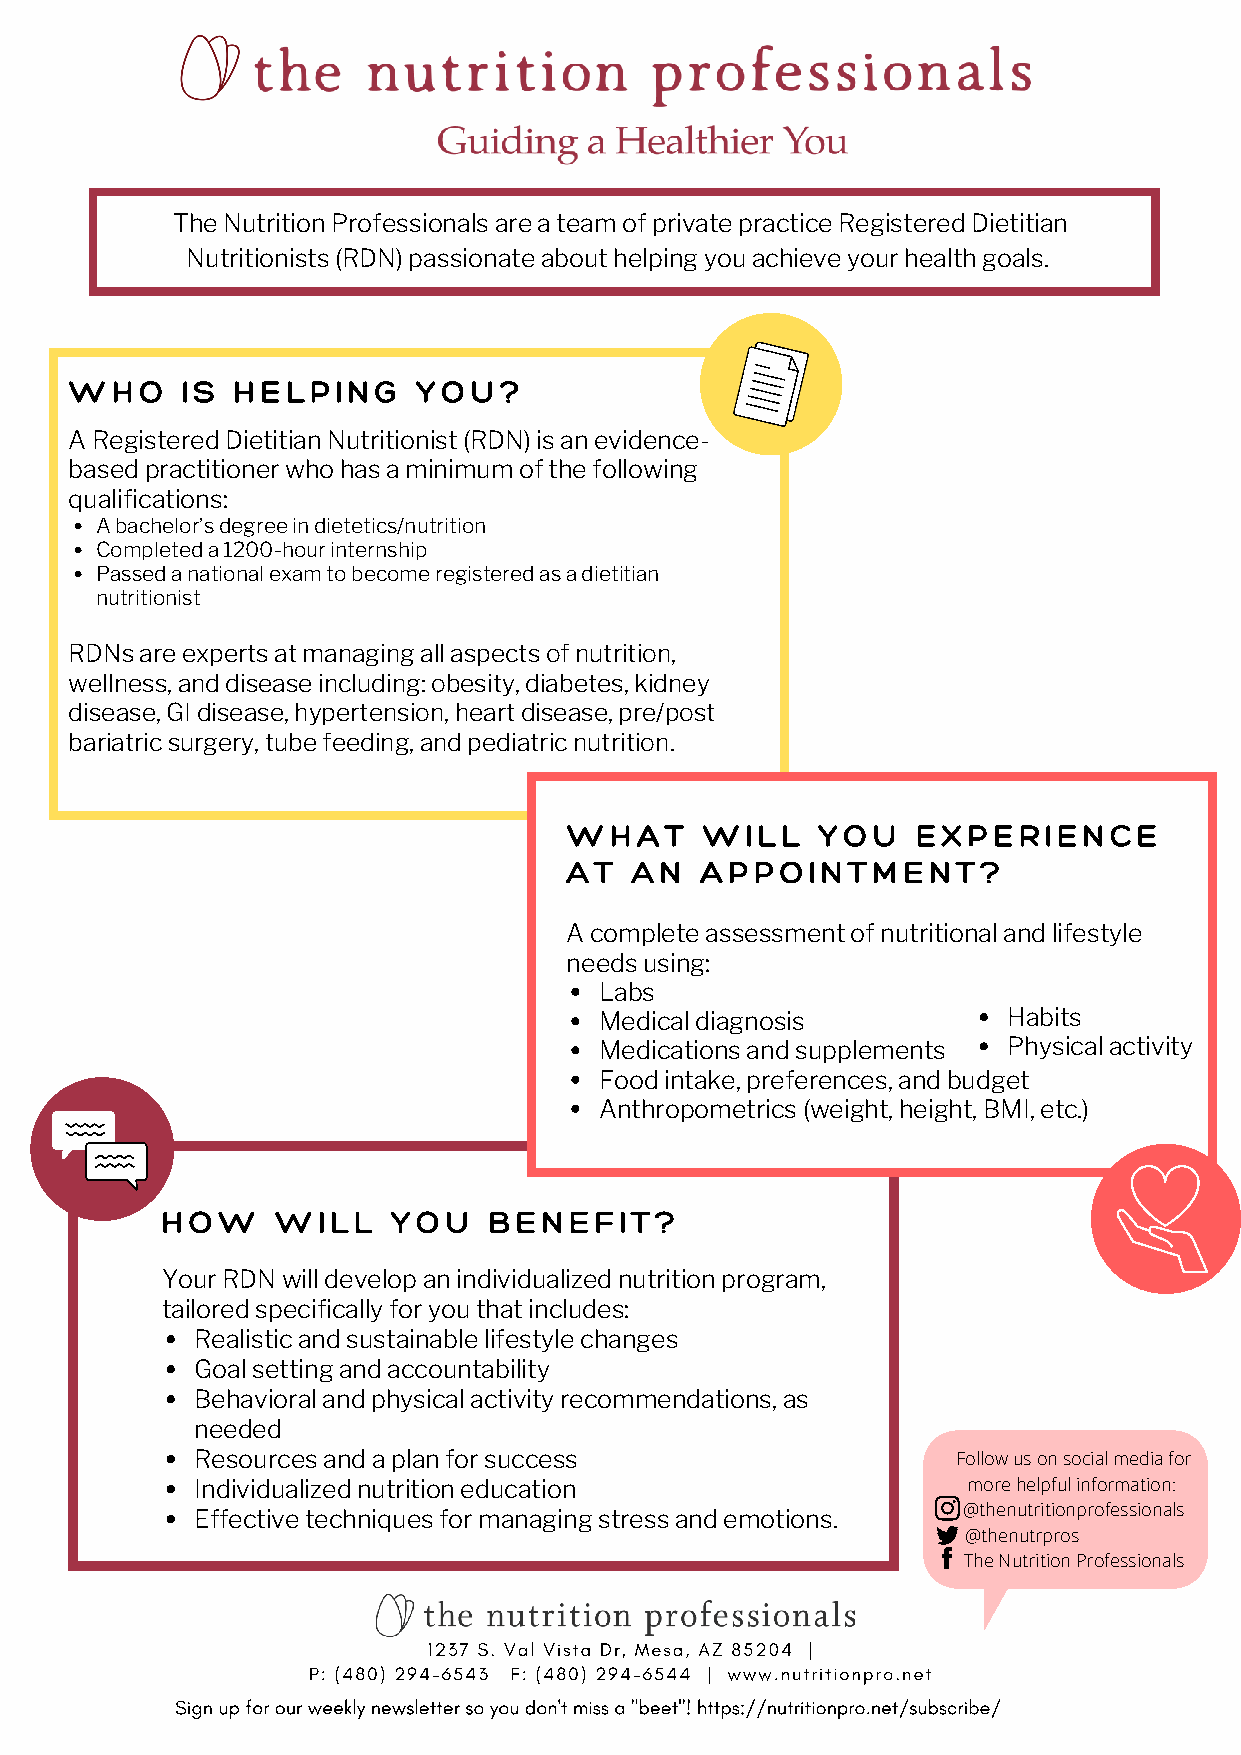
The Nutrition Professionals are a team of private practice Registered Dietitian
 Nutritionists (RDN) passionate about helping you achieve your health goals.
 WHO    IS HELPING      YOU?
 A Registered Dietitian Nutritionist (RDN) is an evidence-
 based practitioner who has a minimum of the following
 qualifications:
 A bachelor’s degree in dietetics/nutrition
 Completed a 1200-hour internship
 Passed a national exam to become registered as a dietitian
 nutritionist
 RDNs are experts at managing all aspects of nutrition,
 wellness, and disease including: obesity, diabetes, kidney
 disease, GI disease, hypertension, heart disease, pre/post
 bariatric surgery, tube feeding, and pediatric nutrition.
 WHAT     WILL    YOU    EXPERIENCE
 AT   AN  APPOINTMENT?
 A complete assessment of nutritional and lifestyle
 needs using:
 Labs
 Medical diagnosis          Habits
 Medications and supplements Physical activity
 Food intake, preferences, and budget
 Anthropometrics (weight, height, BMI, etc.)
 HOW    WILL    YOU   BENEFIT?
 Your RDN will develop an individualized nutrition program,
 tailored specifically for you that includes:
 Realistic and sustainable lifestyle changes
 Goal setting and accountability
 Behavioral and physical activity recommendations, as
 needed
 Resources and a plan for success                  Follow us on social media for
 Individualized nutrition education                 more helpful information:
 Effective techniques for managing stress and emotions. @thenutritionprofessionals
 @thenutrpros
 The Nutrition Professionals
 1237 S. Val Vista Dr, Mesa, AZ 85204 |
 P: (480) 294-6543 F: (480) 294-6544 | www.nutritionpro.net
 Sign up for our weekly newsletter so you don't miss a "beet"! https://nutritionpro.net/subscribe/